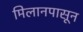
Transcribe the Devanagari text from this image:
मिलानपासून